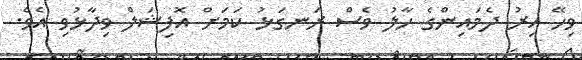
ވިހޭ އިރު ދެމައިންގެ ހާލު ވެސް ރަނގަޅު ކަމަށް އޮފިޝަލް ވިދާޅުވި އެވެ.